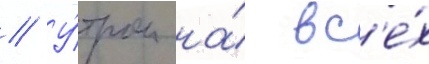
// У́тром на́ вс'е́х